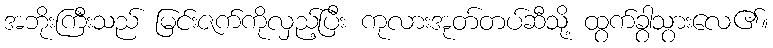
အဘိုးကြီးသည် မြင်းဇက်ကိုလှည့်ပြီး ကုလားအုတ်တပ်ဆီသို့ ထွက်ခွာသွားလေ၏။